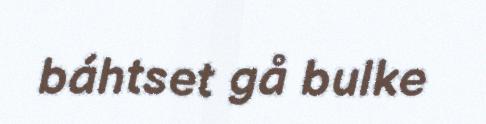
báhtset gå bulke